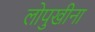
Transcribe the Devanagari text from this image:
लोपुखीना